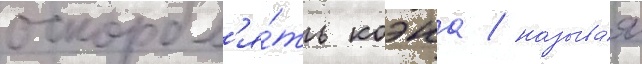
оскорбл'я́ть коэна / называ́я